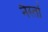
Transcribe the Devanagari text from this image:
नैस्तां